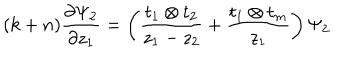
( k + n ) \frac { \partial \Psi _ { 2 } } { \partial z _ { 1 } } = \left( \frac { t _ { 1 } \otimes t _ { 2 } } { z _ { 1 } - z _ { 2 } } + \frac { t _ { 1 } \otimes t _ { m } } { z _ { 1 } } \right) \Psi _ { 2 }